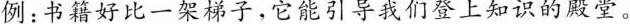
例：书籍好比一架梯子，它能引导我们登上知识的殿堂。